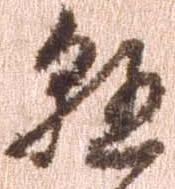
懸